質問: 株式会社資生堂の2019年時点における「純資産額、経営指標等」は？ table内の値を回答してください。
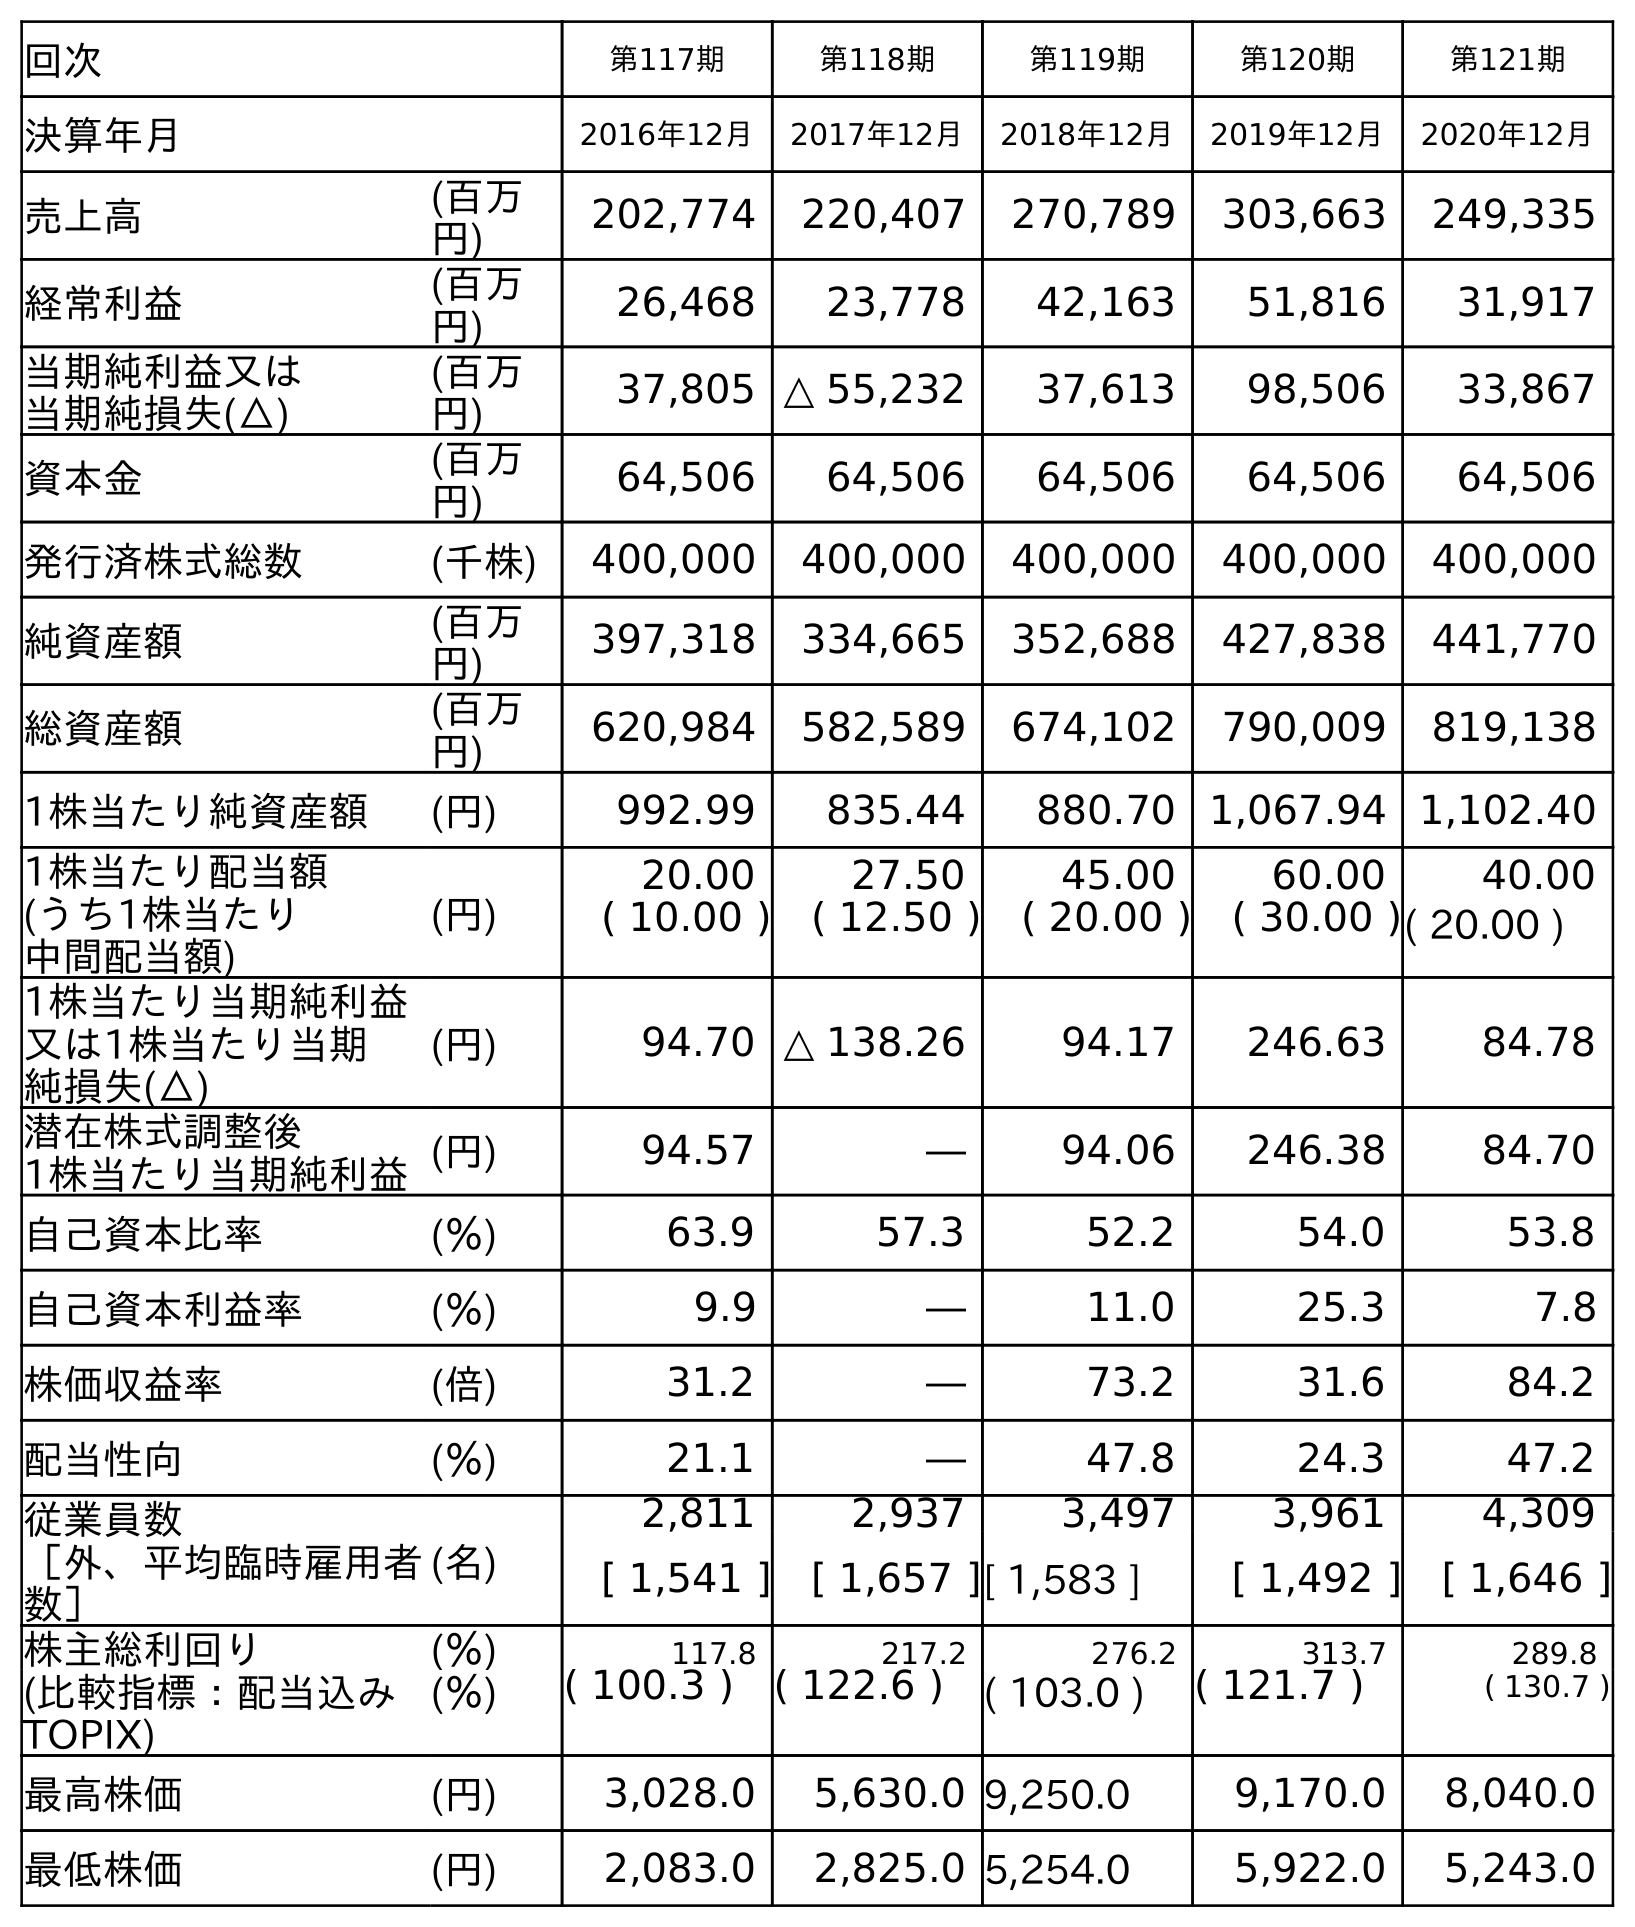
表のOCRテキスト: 回次 第117期 第118期 第119期 第120期 第121期 決算年月 2016年12月 2017年12月 2018年12月 2019年12月 2020年12月 売上高 (百万 円) 202,774 220,407 270,789 303,663 249,335 経常利益 (百万 円) 26,468 23,778 42,163 51,816 31,917 当期純利益又は 当期純損失(△) (百万 円) 37,805 △ 55,232 37,613 98,506 33,867 資本金 (百万 円) 64,506 64,506 64,506 64,506 64,506 発行済株式総数 (千株) 400,000 400,000 400,000 400,000 400,000 純資産額 (百万 円) 397,318 334,665 352,688 427,838 441,770 総資産額 (百万 円) 620,984 582,589 674,102 790,009 819,138 1株当たり純資産額 (円) 992.99 835.44 880.70 1,067.94 1,102.40 1株当たり配当額 (うち1株当たり 中間配当額) (円) 20.00 27.50 45.00 60.00 40.00 ( 10.00 ) ( 12.50 ) ( 20.00 ) ( 30.00 )( 20.00 ) 1株当たり当期純利益 又は1株当たり当期 純損失(△) (円) 94.70 △ 138.26 94.17 246.63 84.78 潜在株式調整後 1株当たり当期純利益(円) 94.57 ― 94.06 246.38 84.70 自己資本比率 (％) 63.9 57.3 52.2 54.0 53.8 自己資本利益率 (％) 9.9 ― 11.0 25.3 7.8 株価収益率 (倍) 31.2 ― 73.2 31.6 84.2 配当性向 (％) 21.1 ― 47.8 24.3 47.2 従業員数 ［外、平均臨時雇用者 数］ (名) 2,811 2,937 3,497 3,961 4,309 [ 1,541 ] [ 1,657 ][ 1,583 ] [ 1,492 ] [ 1,646 ] 株主総利回り (％) 117.8 217.2 276.2 313.7 289.8 (比較指標：配当込み TOPIX) (％) ( 100.3 ) ( 122.6 ) ( 103.0 ) ( 121.7 ) ( 130.7 ) 最高株価 (円) 3,028.0 5,630.0 9,250.0 9,170.0 8,040.0 最低株価 (円) 2,083.0 2,825.0 5,254.0 5,922.0 5,243.0
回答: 427,838